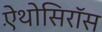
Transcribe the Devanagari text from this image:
ऐंथोसिरॉस